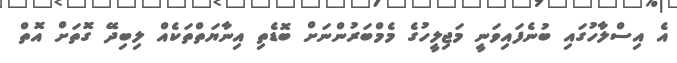
އެ އިސްލާހުގައި ބުނެފައިވަނީ މަޖިލީހުގެ މެމްބަރުންނަށް ބޮޑެތި އިނާޔަތްތަކެއް ލިބިދޭ ގޮތަށް އޮތް